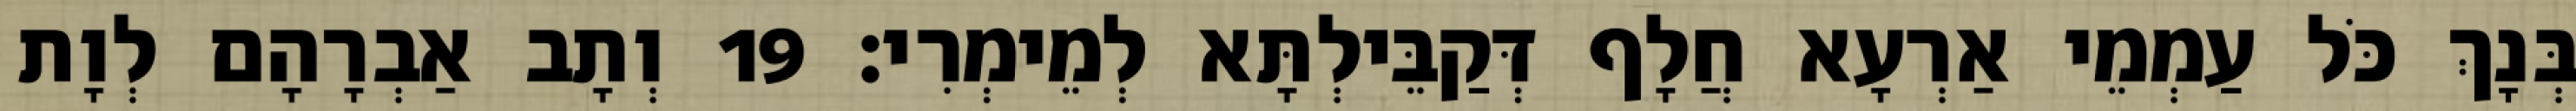
בְּנָךְ כֹּל עַמְמֵי אַרְעָא חֲלָף דְּקַבֵּילְתָּא לְמֵימְרִי׃ 19 וְתָב אַבְרָהָם לְוָת